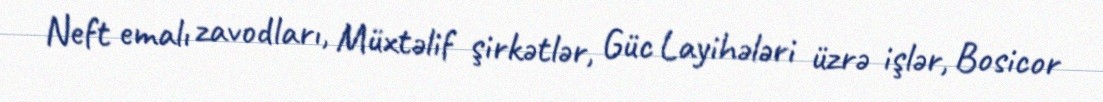
Neft emalı zavodları, Müxtəlif şirkətlər, Güc Layihələri üzrə işlər, Bosicor